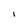
Character: I